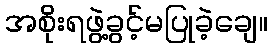
အစိုးရဖွဲ့ခွင့်မပြုခဲ့ချေ။